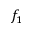
f _ { 1 }